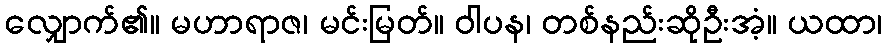
လျှောက်၏။ မဟာရာဇ၊ မင်းမြတ်။ ဝါပန၊ တစ်နည်းဆိုဦးအံ့။ ယထာ၊